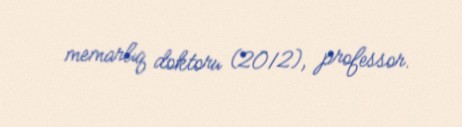
memarlıq doktoru (2012), professor.